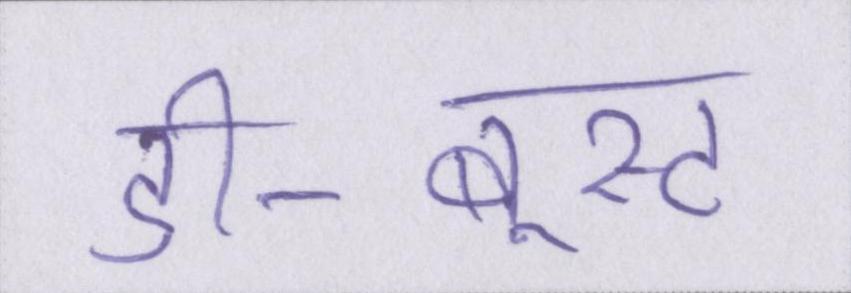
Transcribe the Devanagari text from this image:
डी-बूस्ट